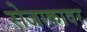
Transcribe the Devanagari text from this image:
रोजाकावर